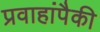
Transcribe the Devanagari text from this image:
प्रवाहांपैकी